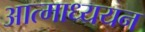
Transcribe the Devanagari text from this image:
आत्माध्ययन